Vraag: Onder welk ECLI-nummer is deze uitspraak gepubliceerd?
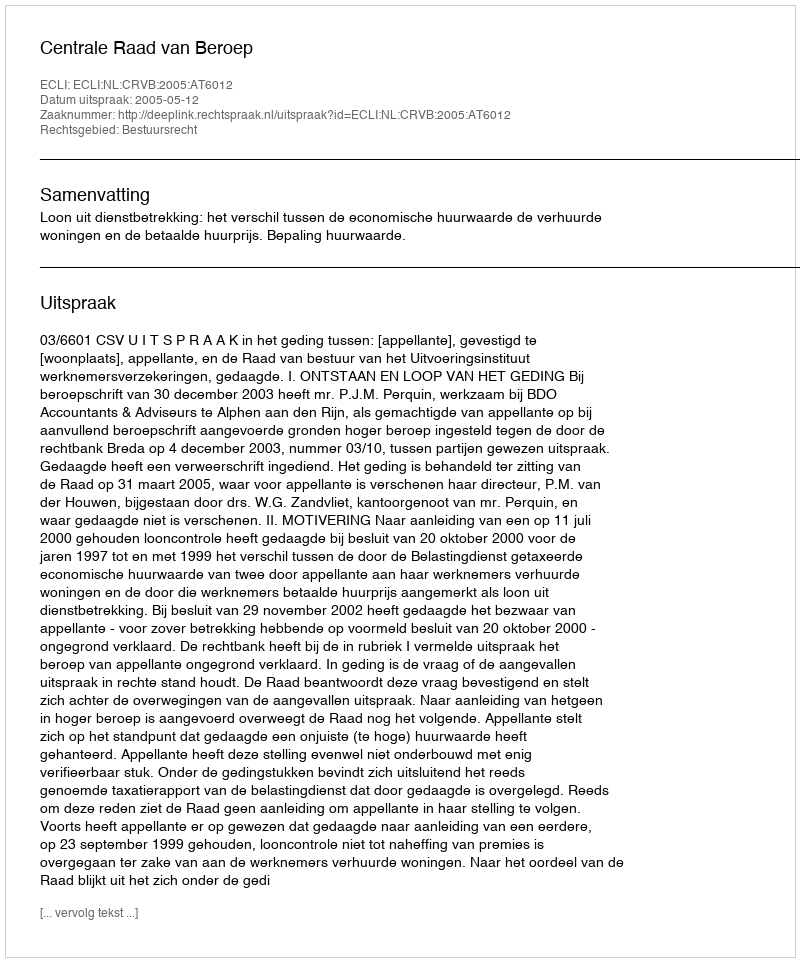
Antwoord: ECLI:NL:CRVB:2005:AT6012